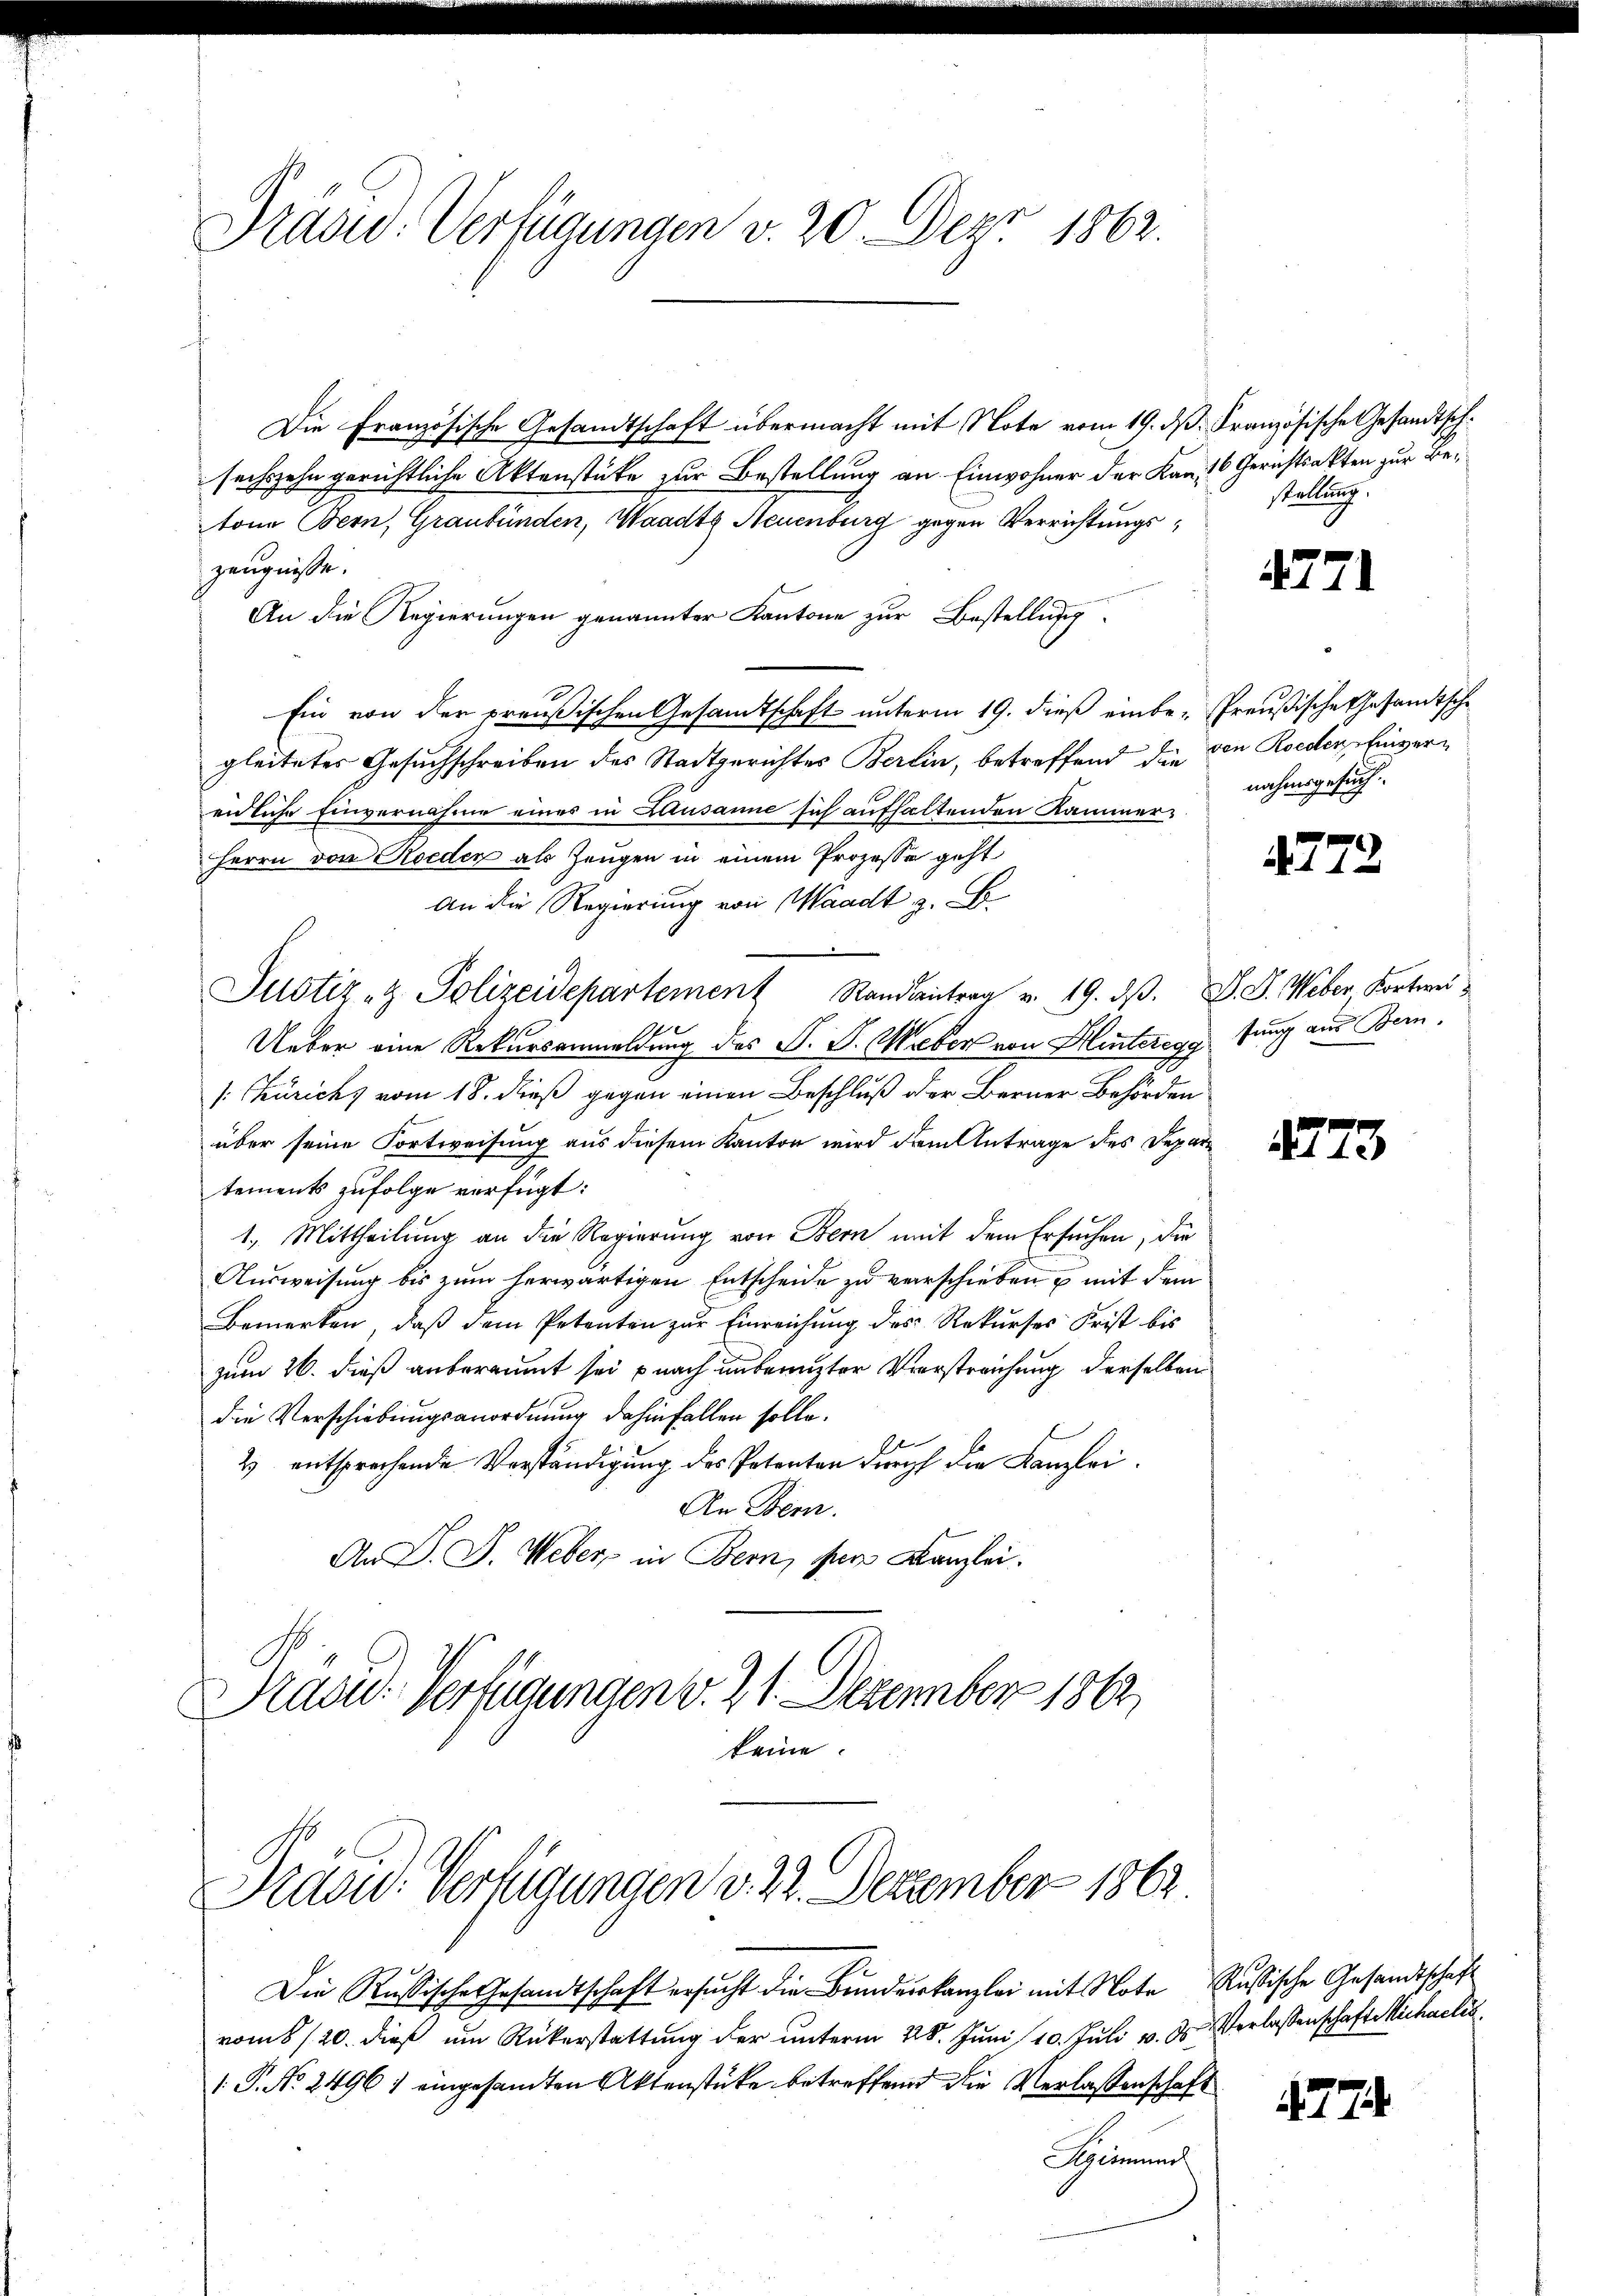
Praad: Verfügungen v. 20. Dez. 1862.

Traon: Verfügungen v. 22. Deczember 1862.

Die Französische Gesandtschaft übermacht mit Note vom 19. ds. Französische Gesandtschsechszehn gerichtliche Aktenstücke zur Bestellung an Einwohner der Kan. 16 Gerichtsakten zur Betone Bern, Graubünden, Waadt, Neuenburg gegen Verrichtungszeugnisse.
An die Regierungen genannter Kantone zur Bestellung
Ein von der preußischen Gesandtschaft unterm 19. dieß einbe- Preußische Gesandtsche
gleitetes Gesuchschreiben des Stadtgerichtes Berlin, betreffend die von Roeder Einverendliche Einvernahme eines in Lausanne sich aufhaltenden Kammer¬
Herrn von Roeden als Zeugen in einem Prozesse geht
An die Regierung von Waadt z. B.
Justiz- & Polizeidepartement Randant v. 19. dβ. J. J. Weber, Kortwei¬
Ueber eine Rekursanmeldung des P. P. Weber von Hinteregg fung aus Bern.
[: Zürichs vom 18. dieß gegen einen Beschluß der Berner Behörden
über seine Fortweisung aus diesem Kanton wird dem Antrage des Departements zufolge verfügt:
1. Mittheilung an die Regierung von Bern mit dem Ersuchen, die
Ausweisung bis zum herwärtigen Entscheide zu verschieben & mit dem
Bemerken, daß dem Petenten zur Einreichung des Rekurses Frist bis
zum 26. dieß anberaumt sei nach unbenuzter Verstreichung derselben
die Verschiebungsanordnung dahinfallen solle.
1
2 entsprechende Verständigung des Petenten durch die Kanzlei.
An Stem
An D. J. Weber, in Bern, der Kanzlei.
Präsid.: Verfügungen v. 21. Dezember 1862
keine.

Die Rußische Gesandtschaft ersŭcht die Bundeskanzlei mit Note Rußische Gesandtschaft
vom 6/20. dieß um Rükerstattung der unterm 28. Juni 10. Juli v. Js. Verlassenschaft Michaelis
 P. No. 2496) eingesandten Aktenstücke betreffend die Verlassenschaft
emune

stellung.

4771

nahmsgesuch.

4772

273

77